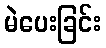
မဲပေးခြင်း